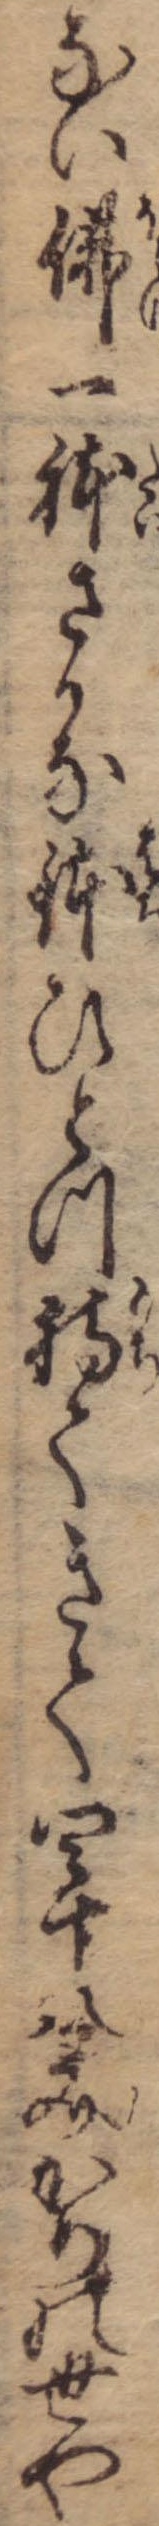
ない仏一体さかな鉢ひとつ持てきて四十八文かりの世や